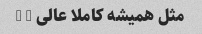
مثل همیشه کاملا عالی … …